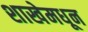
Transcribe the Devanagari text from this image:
शाखेमधून